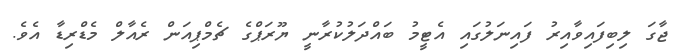
ޖާގަ ލިބިފައިވާއިރު ފައިނަލުގައި އެޓީމު ބައްދަލުކުރާނީ ޔޫރަޕްގެ ޗެމްޕިއަން ރެއާލް މެޑްރިޑާ އެވެ.